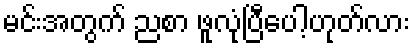
မင်းအတွက် ညစာ ဖူလုံပြီပေါ့ဟုတ်လား